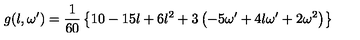
g ( l , \omega ^ { \prime } ) = \frac { 1 } { 6 0 } \left\{ 1 0 - 1 5 l + 6 l ^ { 2 } + 3 \left( - 5 \omega ^ { \prime } + 4 l \omega ^ { \prime } + 2 \omega ^ { 2 } \right) \right\}